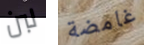
لبن غامضة